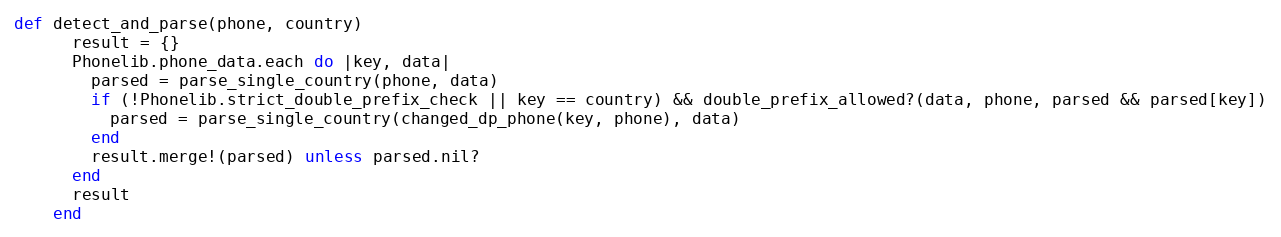
Language: Ruby
def detect_and_parse(phone, country)
      result = {}
      Phonelib.phone_data.each do |key, data|
        parsed = parse_single_country(phone, data)
        if (!Phonelib.strict_double_prefix_check || key == country) && double_prefix_allowed?(data, phone, parsed && parsed[key])
          parsed = parse_single_country(changed_dp_phone(key, phone), data)
        end
        result.merge!(parsed) unless parsed.nil?
      end
      result
    end